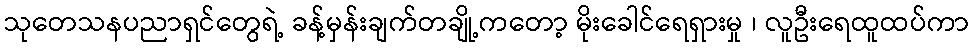
သုတေသနပညာရှင်တွေရဲ့ ခန့်မှန်းချက်တချို့ကတော့ မိုးခေါင်ရေရှားမှု ၊ လူဦးရေထူထပ်ကာ